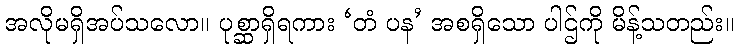
အလိုမရှိအပ်သလော။ ပုစ္ဆာရှိရကား ‘တံ ပန’ အစရှိသော ပါဌ်ကို မိန့်သတည်း။